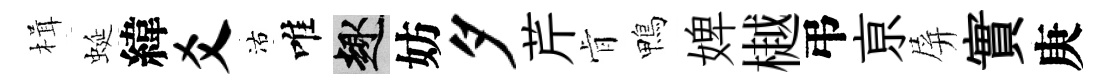
楫蜒緯爻沽唯趣妨夕芹肻鴨婢樾弔亰屏實庚